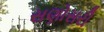
સણોસરી